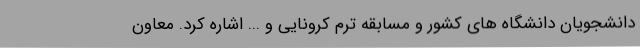
دانشجویان دانشگاه های کشور و مسابقه ترم کرونایی و ... اشاره کرد. معاون